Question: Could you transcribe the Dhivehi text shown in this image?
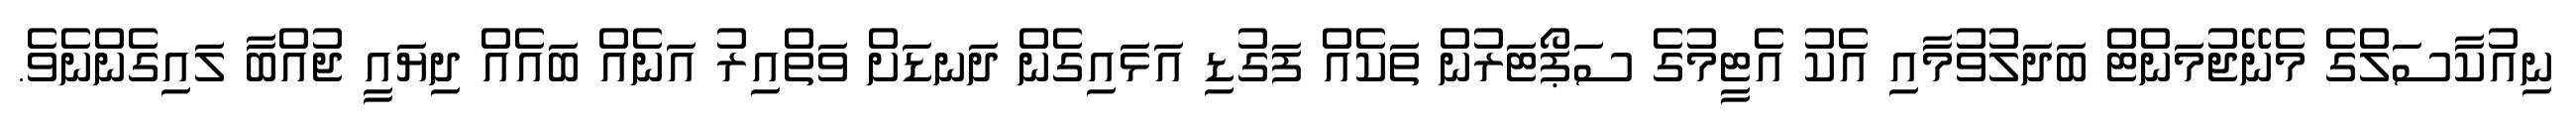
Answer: ނިއުކާސަލްގެ މެނޭޖުމަންޓް ބަދަލުވުމާއި އެކު އެޓީމުގެ ސަޕޯޓަރުން ތަކެއް ފަގުޑި އަޅައިގެން ދަނޑަށް ވަތްއިރު އަނެއް ބައެއް ދިޔައީ ޖުއްބާ ލައިގެންނެވެ.